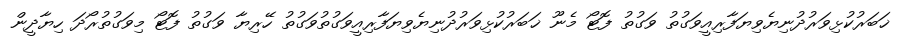
ޚަބަރުކުޅިވަރުދުނިޔެވިޔަފާރިއީވަގުތު ވަގުތު ފޮޓޯ މެނޫ ޚަބަރުކުޅިވަރުދުނިޔެވިޔަފާރިއީވަގުތުވަގުތު ހޭރިޔާ ވަގުތު ފޮޓޯ މިވަގުތުރޯދަ ހިޔާދީން